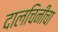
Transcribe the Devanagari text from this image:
दालचिनीचा